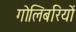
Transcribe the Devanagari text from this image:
गोलिबरियों